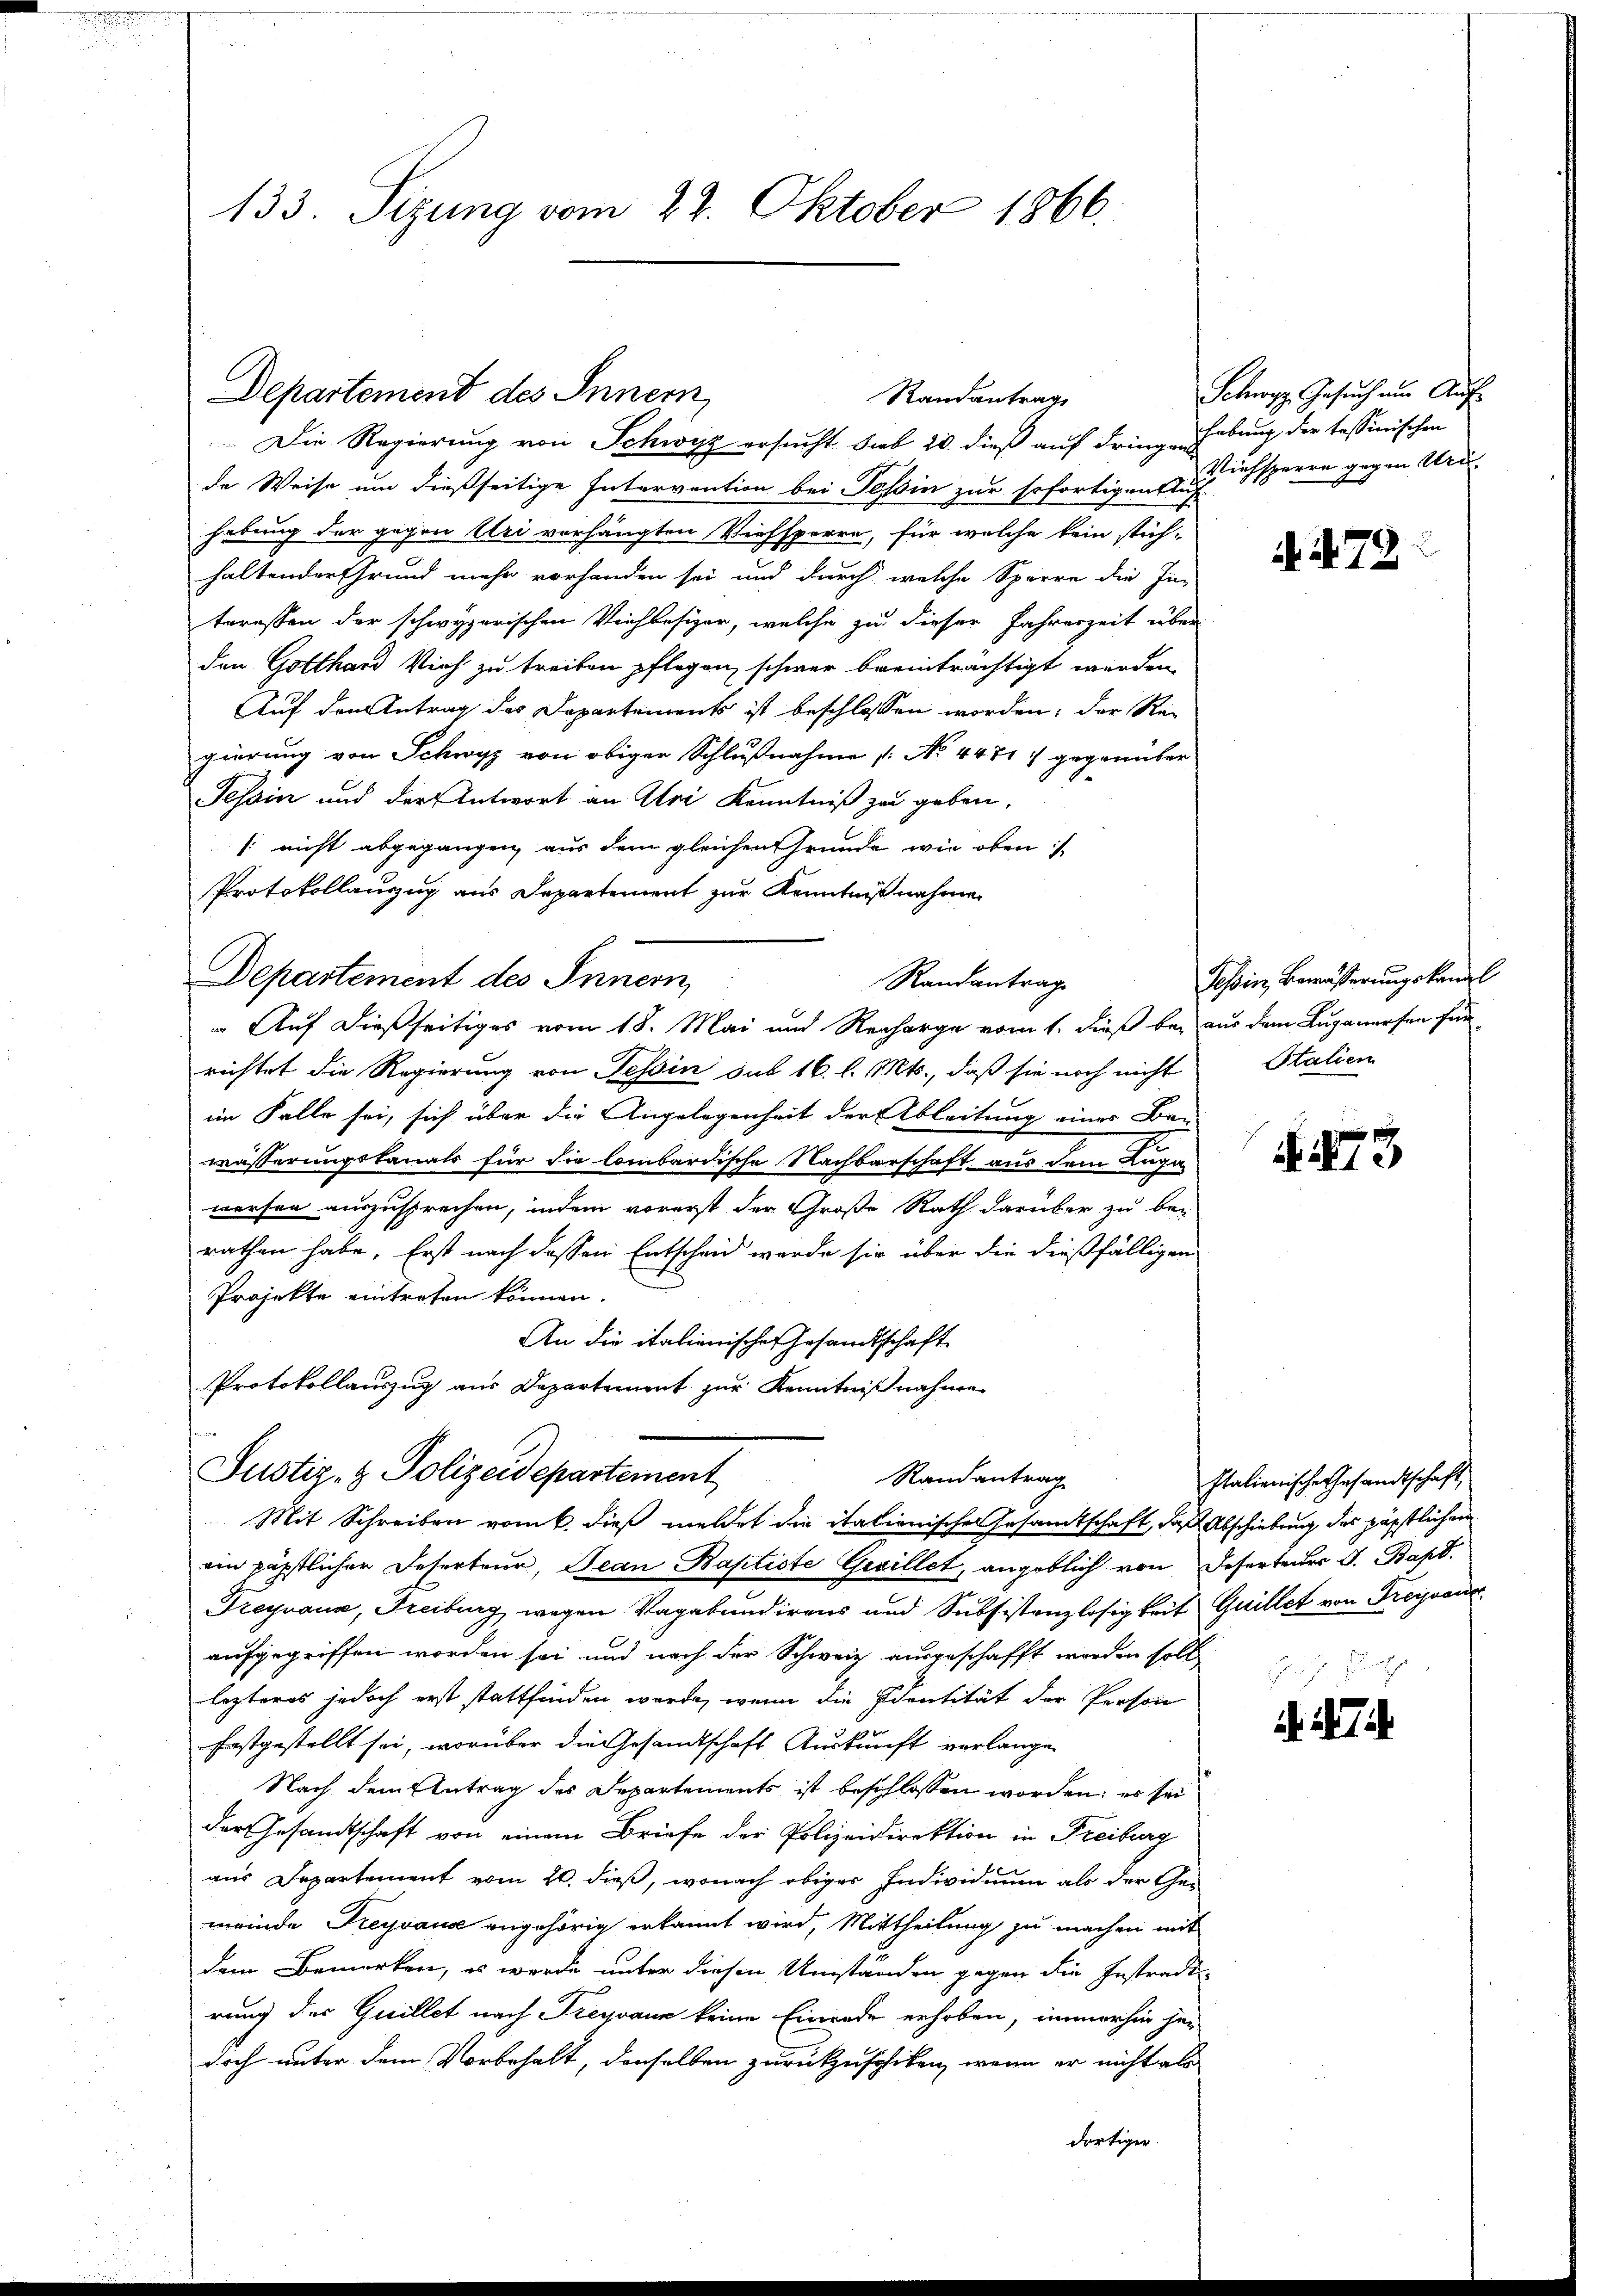
133. Sizung vom 22. Oktober 1866.

Departement des Innern,

Die Regierung von Schwyz ersucht sieb 20. dieß auf dringe Hebung der tessinischen
de Weise um dießseitige Intervention bei Tessin zur sofortigentu
hebung der gegen Uri verhängten Viehsperre, für welche kein stichhaltender Grund mehr vorhanden sei und durch welche Sperre die Interessen der schwyzerischen Viehbesizer, welche zu dieser Fahreszeit über
den Gotthard Vieh zu treiben pflegen, schwer breinträchtigt werden.
Auf den Antrag des Departements ist beschlossen worden; der Re-
gierung von Schwyz von obiger Schlußnahme [No 44. 717 gegenüber
Tessin und der Antwort an Uri Kenntniß zu geben,
[nicht abgegangen, aus dem gleichen Gründe wie oben
Protokollauszug aus Departement zur Kenntnißnahmen
Departement des Innern,
Randantrag
Auf dießseitiges vom 18. Mai und Recharge vom 1. dieß bei aus dem Luganersen für
richtet die Regierung von Tessin sub 16. l. Mts., daß sie noch nicht Stalien
im Falle sei, sich über die Angelegenheit der Ableitung einer Be-
wässerungskanals für die lombardische Nachbarschaft aus dem Luga
werfen auszusprechen, indem vorerst der Große Rath darüber zu be-
rathen habe. Erst nach dessen Entscheid werde sie über die dießfälligen
Projekte eintreten können.
An die italienischen Gesandtschaft
Protokollauszug aus Departement zur Kenntnißnahme

Randantrag

Justiz- & Polizeidepartement
Randantrag
Mit Schreiben vom 6. dieß meldet die itationischer Gesamtschaft, daß Abschiebung des päpstlichen

Schwyz, Gesuch am Auf-
Viehsperre gegen Uri

ein päpstlicher Deserteur, Jean Baptiste Gevillet, angeblich von Deserteurs J. Bapt.
Treyvaux, Freiburg wegen Vagabundirens und Subsistenzlosigkeit Quillet von Freisaue
aufgegriffen worden sei und nach der Schweiz ausgeschafft worden soll
lezteres jedoch erst stattfinden wurde, wenn die Identität der Person
festgestellt sei, worüber die Gesandtschaft Auskunft verlange
Nach dem Antrag des Departements ist beschlossen worden; es sei
der Gesandtschaft von einem Briefe der Polizeidirektion in Freiburg
aus Departement vom 20. dieß, wonach obiger Individuum als der Gemeinde Freyvana angehörig erkannt wird, Mittheilung zu machen mit
dem Bemerken, es werde unter diesen Umständen gegen die Instradi
rung der Quillet nach Freysaun keine Einrade erhoben, immerhin jen
doch unter dem Vorbehalt, denselben zurückzuschiken, wenn er nicht als
dortiger.

N. 72

Tessin, Bewässerungskanal

N. 13

Italianische Gesandtschaft